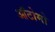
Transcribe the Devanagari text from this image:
ऑटोमो